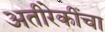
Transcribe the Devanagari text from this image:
अतीरेकींचा